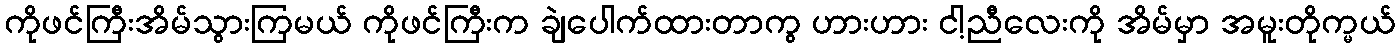
ကိုဖင်ကြီးအိမ်သွားကြမယ် ကိုဖင်ကြီးက ချဲပေါက်ထားတာကွ ဟားဟား ငါ့ညီလေးကို အိမ်မှာ အမူးတိုက္မယ်